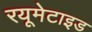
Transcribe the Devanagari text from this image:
रयूमेटाइड